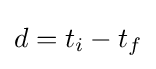
d=t_{i}-t_{f}